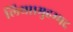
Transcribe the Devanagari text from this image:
लिया।मुहम्मद